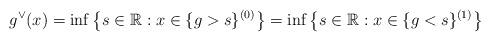
LaTeX: \begin{align*} g^{\vee}(x) = \inf \left\{ s \in \mathbb{R}: x \in \{ g >s\}^{(0)}\right\} = \inf \left\{ s \in \mathbb{R}: x \in \{ g <s \}^{(1)} \right\}\end{align*}